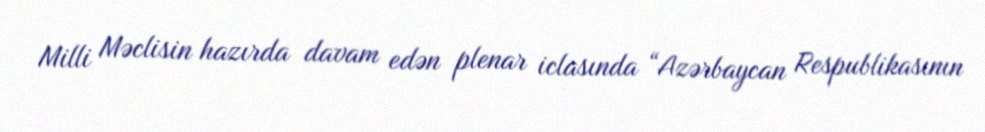
Milli Məclisin hazırda davam edən plenar iclasında “Azərbaycan Respublikasının